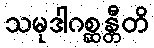
သမုဒါဂစ္ဆန္တီတိ